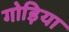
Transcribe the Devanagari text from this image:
गोड़िया